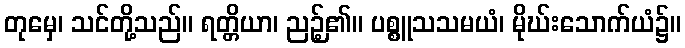
တုမှေ၊ သင်တို့သည်။ ရတ္တိယာ၊ ညဉ့်၏။ ပစ္စူသသမယံ၊ မိုဃ်းသောက်ယံ၌။